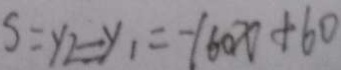
S = y _ { 2 } = y _ { 1 } = y 6 0 x + 6 0